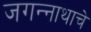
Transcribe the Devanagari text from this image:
जगन्‍नाथाचे